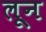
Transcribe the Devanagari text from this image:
लून